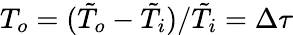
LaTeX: T_{o}=(\tilde{T}_{o}-\tilde{T}_{i})/\tilde{T}_{i}=\Delta\tau